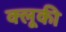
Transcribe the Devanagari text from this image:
क्लूकी